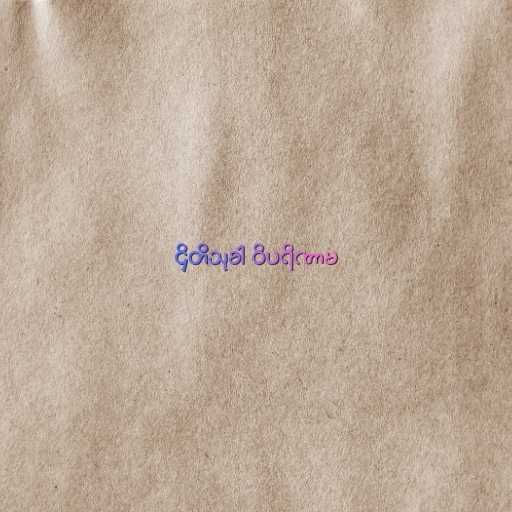
ဌိတိသုခါ ဝိပရိဏာမ